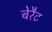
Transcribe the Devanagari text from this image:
बेरैट